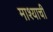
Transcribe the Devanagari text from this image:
माश्याची